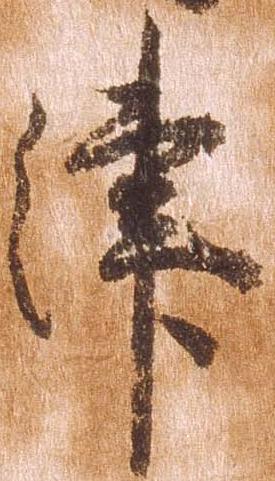
津